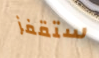
ستقفز